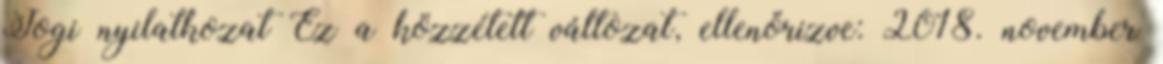
Jogi nyilatkozat Ez a közzétett változat, ellenőrizve: 2018. november